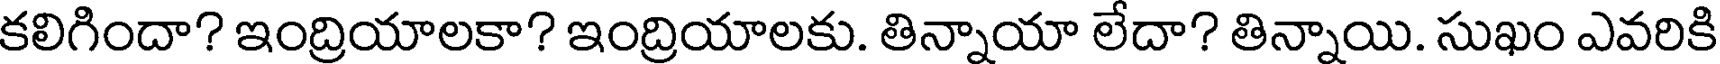
కలిగిందా? ఇంద్రియాలకా? ఇంద్రియాలకు. తిన్నాయా లేదా? తిన్నాయి. సుఖం ఎవరికి